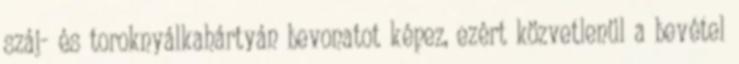
száj- és toroknyálkahártyán bevonatot képez, ezért közvetlenül a bevétel